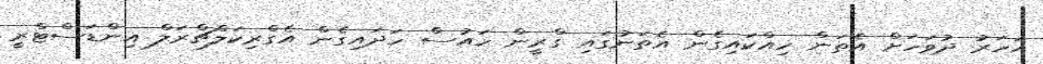
އަހަރު ދުވަހަށް އެތަން ހިއްކައިގެން އެތަނުގައި ގްރީން ހައުސް ހަދައިގެން އެގްރިކަލްޗްރަލް އިންޑަސްޓްރީ